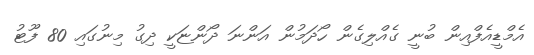
އެމްޑީއެފްއިން ބުނީ ގެއްލިގެން ހޯދަމުން އަންނަ ދޯންޏަކީ ދިގު މިނުގައި 80 ފޫޓު